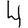
Digit: 4